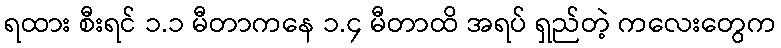
ရထား စီးရင် ၁.၁ မီတာကနေ ၁.၄ မီတာထိ အရပ် ရှည်တဲ့ ကလေးတွေက